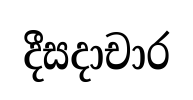
දීසදාචාර